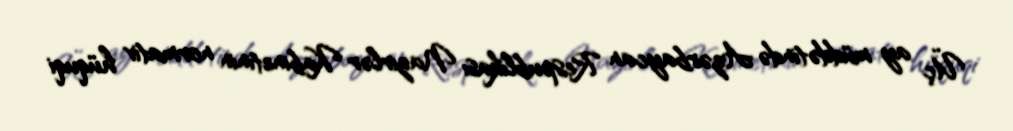
Üç ay müddətində Azərbaycan Respublikası Nazirlər Kabinetinin normativ hüquqi